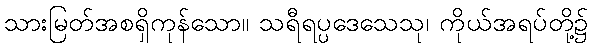
သားမြတ်အစရှိကုန်သော။ သရီရပ္ပဒေသေသု၊ ကိုယ်အရပ်တို့၌